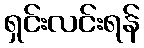
ရှင်းလင်းရန်